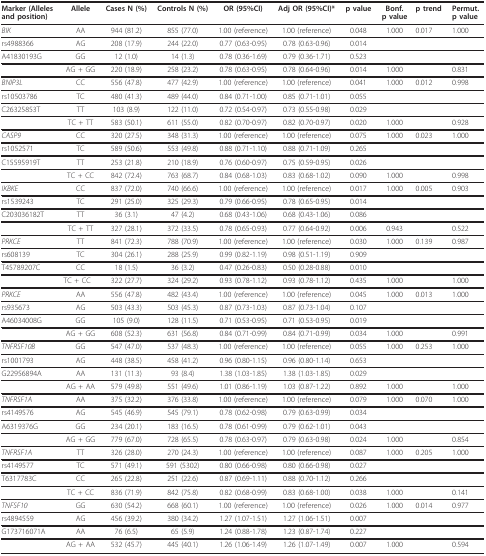
<table><thead><tr><td><b>Marker (Allelesand position)</b></td><td><b>Allele</b></td><td><b>Cases N (%)</b></td><td><b>Controls N (%)</b></td><td><b>OR (95%CI)</b></td><td><b>Adj OR (95%CI)*</b></td><td><b>p value</b></td><td><b>Bonf.p value</b></td><td><b>p trend</b></td><td><b>Permut.p value</b></td></tr></thead><tbody><tr><td><i>BIK</i></td><td>AA</td><td>944 (81.2)</td><td>855 (77.0)</td><td>1.00 (reference)</td><td>1.00 (reference)</td><td>0.048</td><td>1.000</td><td>0.017</td><td>1.000</td></tr><tr><td>rs4988366</td><td>AG</td><td>208 (17.9)</td><td>244 (22.0)</td><td>0.77 (0.63-0.95)</td><td>0.78 (0.63-0.96)</td><td>0.014</td><td></td><td></td><td></td></tr><tr><td>A41830193G</td><td>GG</td><td>12 (1.0)</td><td>14 (1.3)</td><td>0.78 (0.36-1.69)</td><td>0.79 (0.36-1.71)</td><td>0.523</td><td></td><td></td><td></td></tr><tr><td></td><td>AG + GG</td><td>220 (18.9)</td><td>258 (23.2)</td><td>0.78 (0.63-0.95)</td><td>0.78 (0.64-0.96)</td><td>0.014</td><td>1.000</td><td></td><td>0.831</td></tr><tr><td><i>BNIP3L</i></td><td>CC</td><td>556 (47.8)</td><td>477 (42.9)</td><td>1.00 (reference)</td><td>1.00 (reference)</td><td>0.041</td><td>1.000</td><td>0.012</td><td>0.998</td></tr><tr><td>rs10503786</td><td>TC</td><td>480 (41.3)</td><td>489 (44.0)</td><td>0.84 (0.71-1.00)</td><td>0.85 (0.71-1.01)</td><td>0.055</td><td></td><td></td><td></td></tr><tr><td>C26325853T</td><td>TT</td><td>103 (8.9)</td><td>122 (11.0)</td><td>0.72 (0.54-0.97)</td><td>0.73 (0.55-0.98)</td><td>0.029</td><td></td><td></td><td></td></tr><tr><td></td><td>TC + TT</td><td>583 (50.1)</td><td>611 (55.0)</td><td>0.82 (0.70-0.97)</td><td>0.82 (0.70-0.97)</td><td>0.020</td><td>1.000</td><td></td><td>0.928</td></tr><tr><td><i>CASP9</i></td><td>CC</td><td>320 (27.5)</td><td>348 (31.3)</td><td>1.00 (reference)</td><td>1.00 (reference)</td><td>0.075</td><td>1.000</td><td>0.023</td><td>1.000</td></tr><tr><td>rs1052571</td><td>TC</td><td>589 (50.6)</td><td>553 (49.8)</td><td>0.88 (0.71-1.10)</td><td>0.88 (0.71-1.09)</td><td>0.265</td><td></td><td></td><td></td></tr><tr><td>C15595919T</td><td>TT</td><td>253 (21.8)</td><td>210 (18.9)</td><td>0.76 (0.60-0.97)</td><td>0.75 (0.59-0.95)</td><td>0.026</td><td></td><td></td><td></td></tr><tr><td></td><td>TC + CC</td><td>842 (72.4)</td><td>763 (68.7)</td><td>0.84 (0.68-1.03)</td><td>0.83 (0.68-1.02)</td><td>0.090</td><td>1.000</td><td></td><td>0.998</td></tr><tr><td><i>IKBKE</i></td><td>CC</td><td>837 (72.0)</td><td>740 (66.6)</td><td>1.00 (reference)</td><td>1.00 (reference)</td><td>0.017</td><td>1.000</td><td>0.005</td><td>0.903</td></tr><tr><td>rs1539243</td><td>TC</td><td>291 (25.0)</td><td>325 (29.3)</td><td>0.79 (0.66-0.95)</td><td>0.78 (0.65-0.95)</td><td>0.014</td><td></td><td></td><td></td></tr><tr><td>C203036182T</td><td>TT</td><td>36 (3.1)</td><td>47 (4.2)</td><td>0.68 (0.43-1.06)</td><td>0.68 (0.43-1.06)</td><td>0.086</td><td></td><td></td><td></td></tr><tr><td></td><td>TC + TT</td><td>327 (28.1)</td><td>372 (33.5)</td><td>0.78 (0.65-0.93)</td><td>0.77 (0.64-0.92)</td><td>0.006</td><td>0.943</td><td></td><td>0.522</td></tr><tr><td><i>PRKCE</i></td><td>TT</td><td>841 (72.3)</td><td>788 (70.9)</td><td>1.00 (reference)</td><td>1.00 (reference)</td><td>0.030</td><td>1.000</td><td>0.139</td><td>0.987</td></tr><tr><td>rs608139</td><td>TC</td><td>304 (26.1)</td><td>288 (25.9)</td><td>0.99 (0.82-1.19)</td><td>0.98 (0.51-1.19)</td><td>0.909</td><td></td><td></td><td></td></tr><tr><td>T45789207C</td><td>CC</td><td>18 (1.5)</td><td>36 (3.2)</td><td>0.47 (0.26-0.83)</td><td>0.50 (0.28-0.88)</td><td>0.010</td><td></td><td></td><td></td></tr><tr><td></td><td>TC + CC</td><td>322 (27.7)</td><td>324 (29.2)</td><td>0.93 (0.78-1.12)</td><td>0.93 (0.78-1.12)</td><td>0.435</td><td>1.000</td><td></td><td>1.000</td></tr><tr><td><i>PRKCE</i></td><td>AA</td><td>556 (47.8)</td><td>482 (43.4)</td><td>1.00 (reference)</td><td>1.00 (reference)</td><td>0.045</td><td>1.000</td><td>0.013</td><td>1.000</td></tr><tr><td>rs935673</td><td>AG</td><td>503 (43.3)</td><td>503 (45.3)</td><td>0.87 (0.73-1.03)</td><td>0.87 (0.73-1.04)</td><td>0.107</td><td></td><td></td><td></td></tr><tr><td>A46034008G</td><td>GG</td><td>105 (9.0)</td><td>128 (11.5)</td><td>0.71 (0.53-0.95)</td><td>0.71 (0.53-0.95)</td><td>0.019</td><td></td><td></td><td></td></tr><tr><td></td><td>AG + GG</td><td>608 (52.3)</td><td>631 (56.8)</td><td>0.84 (0.71-0.99)</td><td>0.84 (0.71-0.99)</td><td>0.034</td><td>1.000</td><td></td><td>0.991</td></tr><tr><td><i>TNFRSF10B</i></td><td>GG</td><td>547 (47.0)</td><td>537 (48.3)</td><td>1.00 (reference)</td><td>1.00 (reference)</td><td>0.055</td><td>1.000</td><td>0.253</td><td>1.000</td></tr><tr><td>rs1001793</td><td>AG</td><td>448 (38.5)</td><td>458 (41.2)</td><td>0.96 (0.80-1.15)</td><td>0.96 (0.80-1.14)</td><td>0.653</td><td></td><td></td><td></td></tr><tr><td>G22956894A</td><td>AA</td><td>131 (11.3)</td><td>93 (8.4)</td><td>1.38 (1.03-1.85)</td><td>1.38 (1.03-1.85)</td><td>0.029</td><td></td><td></td><td></td></tr><tr><td></td><td>AG + AA</td><td>579 (49.8)</td><td>551 (49.6)</td><td>1.01 (0.86-1.19)</td><td>1.03 (0.87-1.22)</td><td>0.892</td><td>1.000</td><td></td><td>1.000</td></tr><tr><td><i>TNFRSF1A</i></td><td>AA</td><td>375 (32.2)</td><td>376 (33.8)</td><td>1.00 (reference)</td><td>1.00 (reference)</td><td>0.079</td><td>1.000</td><td>0.070</td><td>1.000</td></tr><tr><td>rs4149576</td><td>AG</td><td>545 (46.9)</td><td>545 (79.1)</td><td>0.78 (0.62-0.98)</td><td>0.79 (0.63-0.99)</td><td>0.034</td><td></td><td></td><td></td></tr><tr><td>A6319376G</td><td>GG</td><td>234 (20.1)</td><td>183 (16.5)</td><td>0.78 (0.61-0.99)</td><td>0.79 (0.62-1.01)</td><td>0.043</td><td></td><td></td><td></td></tr><tr><td></td><td>AG + GG</td><td>779 (67.0)</td><td>728 (65.5)</td><td>0.78 (0.63-0.97)</td><td>0.79 (0.63-0.98)</td><td>0.024</td><td>1.000</td><td></td><td>0.854</td></tr><tr><td><i>TNFRSF1A</i></td><td>TT</td><td>326 (28.0)</td><td>270 (24.3)</td><td>1.00 (reference)</td><td>1.00 (reference)</td><td>0.087</td><td>1.000</td><td>0.205</td><td>1.000</td></tr><tr><td>rs4149577</td><td>TC</td><td>571 (49.1)</td><td>591 (5302)</td><td>0.80 (0.66-0.98)</td><td>0.80 (0.66-0.98)</td><td>0.027</td><td></td><td></td><td></td></tr><tr><td>T6317783C</td><td>CC</td><td>265 (22.8)</td><td>251 (22.6)</td><td>0.87 (0.69-1.11)</td><td>0.88 (0.70-1.12)</td><td>0.266</td><td></td><td></td><td></td></tr><tr><td></td><td>TC + CC</td><td>836 (71.9)</td><td>842 (75.8)</td><td>0.82 (0.68-0.99)</td><td>0.83 (0.68-1.00)</td><td>0.038</td><td>1.000</td><td></td><td>0.141</td></tr><tr><td><i>TNFSF10</i></td><td>GG</td><td>630 (54.2)</td><td>668 (60.1)</td><td>1.00 (reference)</td><td>1.00 (reference)</td><td>0.026</td><td>1.000</td><td>0.014</td><td>0.977</td></tr><tr><td>rs4894559</td><td>AG</td><td>456 (39.2)</td><td>380 (34.2)</td><td>1.27 (1.07-1.51)</td><td>1.27 (1.06-1.51)</td><td>0.007</td><td></td><td></td><td></td></tr><tr><td>G173716071A</td><td>AA</td><td>76 (6.5)</td><td>65 (5.9)</td><td>1.24 (0.88-1.78)</td><td>1.23 (0.87-1.74)</td><td>0.227</td><td></td><td></td><td></td></tr><tr><td></td><td>AG + AA</td><td>532 (45.7)</td><td>445 (40.1)</td><td>1.26 (1.06-1.49)</td><td>1.26 (1.07-1.49)</td><td>0.007</td><td>1.000</td><td></td><td>0.594</td></tr></tbody></table>